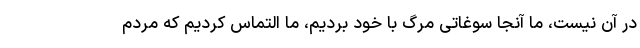
در آن نیست، ما آنجا سوغاتی مرگ با خود بردیم، ما التماس کردیم که مردم